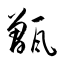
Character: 甑